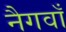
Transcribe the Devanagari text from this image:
नैगवाँ